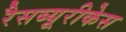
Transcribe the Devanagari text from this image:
रैसब्यूरीकेस